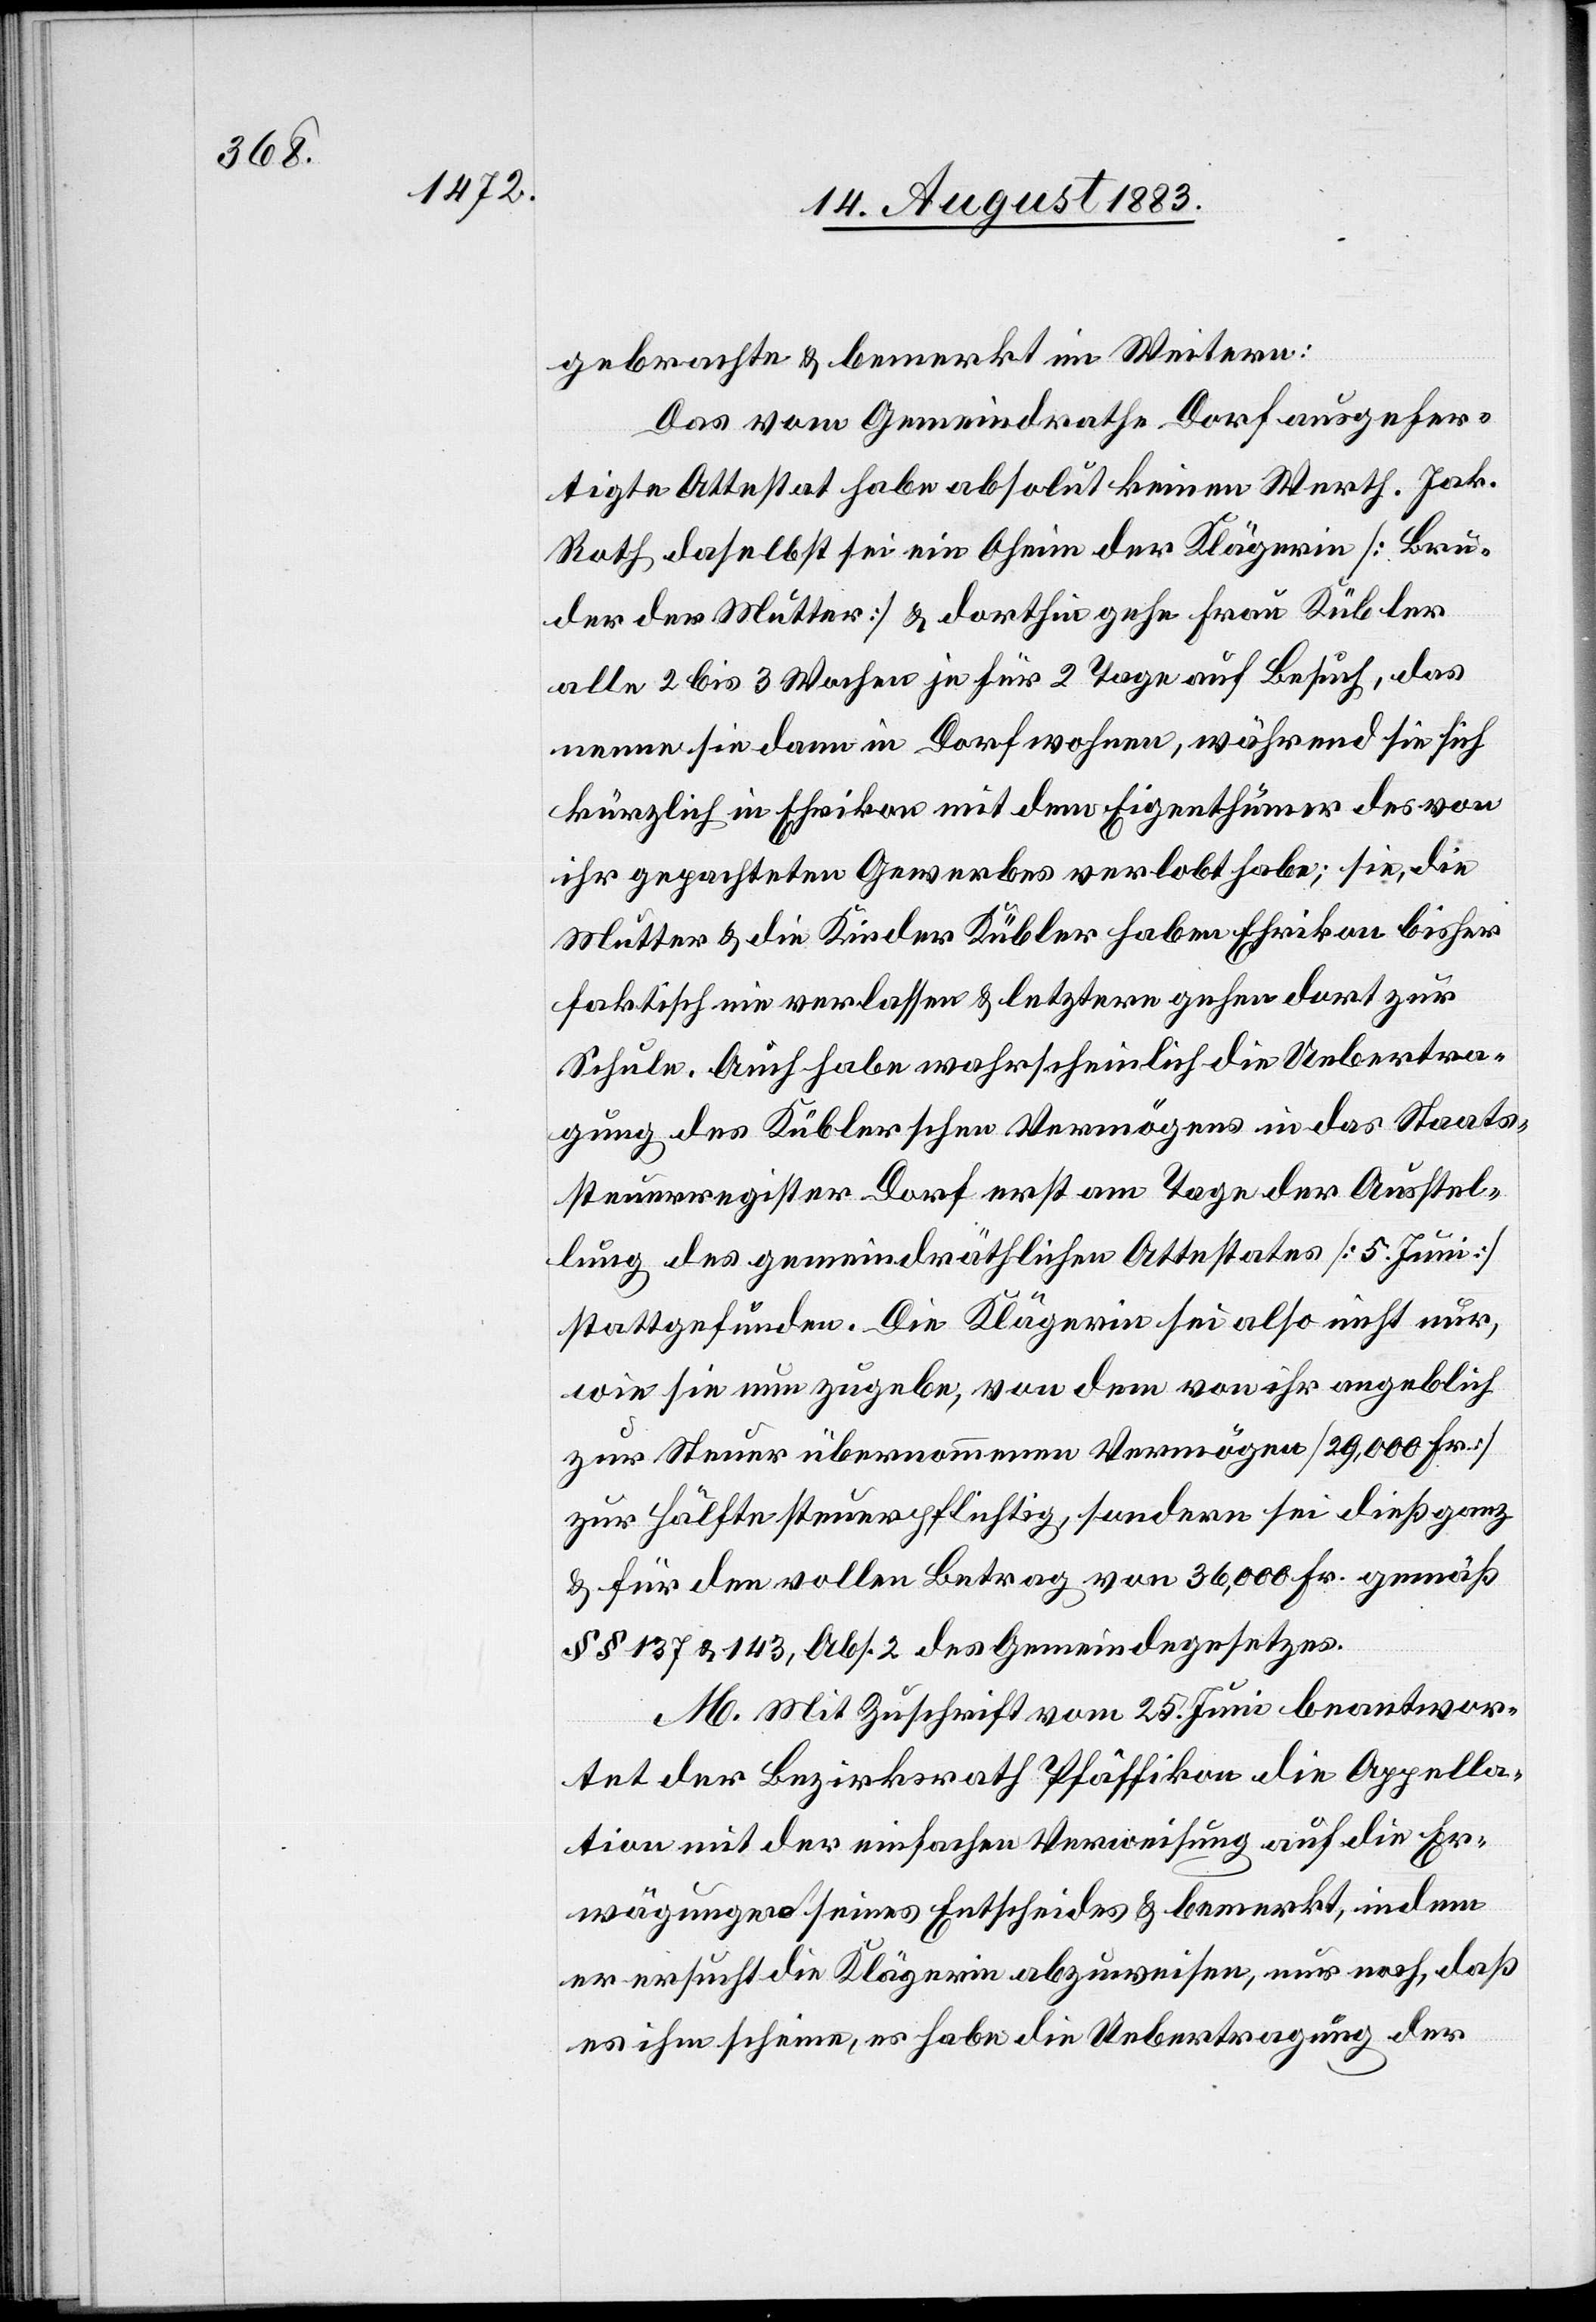
gebrachte und bemerkt im Weitern:
Das vom Gemeindrathe Dorf ausgefer¬
tigte Attestat habe absolut keinen Werth. Jak.
Roth daselbst sei ein Oheim der Klägerin [Bru¬
der der Mutter] & dorthin gehe Frau Kübler
alle 2 bis 4 Wochen je für 2 Tage auf Besuch, das
nenne sie dann in Dorf wohnen, während sie sich
kürzlich in Ehrikon mit dem Eigenthümer des von
ihr gepachteten Gewerbes verlobt habe; sie, die
Mutter & die Kinder Kübler haben Ehrikon bisher
faktisch nie verlassen & letztere gehen dort zur
Schule. Auch habe wahrscheinlich die Uebertra¬
gung des Küblerschen Vermögens in das Staats¬
steuerregister Dorf erst am Tage der Ausstel¬
lung des gemeindräthlichen Attestates [5. Juni]
stattgefunden. Die Klägerin sei also nicht nur,
wie sie nun zugebe, von dem von ihr angeblich
zur Steuer übernommenen Vermögen [29,000 Fr.]
zur Hälfte steuerpflichtig, sondern sei dieß ganz
& für den vollen Betrag von 36,000 Fr. gemäß
§§ 137 & 143, Abs. 2 des Gemeindegesetzes.
M. Mit Zuschrift vom 25. Juni beantwor¬
tet der Bezirksrath Pfäffikon die Appella¬
tion mit der einfachen Verweisung auf die Er¬
wägungen seines Entscheides & bemerkt, indem
er ersucht die Klägerin abzuweisen, nur noch, daß
es ihm scheine, es habe die Uebertragung der